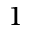
1